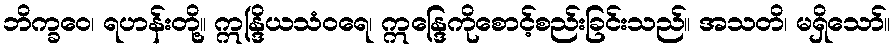
ဘိက္ခဝေ၊ ရဟန်းတို့။ ဣန္ဒြိယသံဝရေ၊ ဣန္ဒြေကိုစောင့်စည်းခြင်းသည်။ အသတိ၊ မရှိသော်။